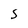
Character: 5